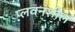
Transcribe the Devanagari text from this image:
प्लवनशील